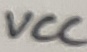
Text: VCC